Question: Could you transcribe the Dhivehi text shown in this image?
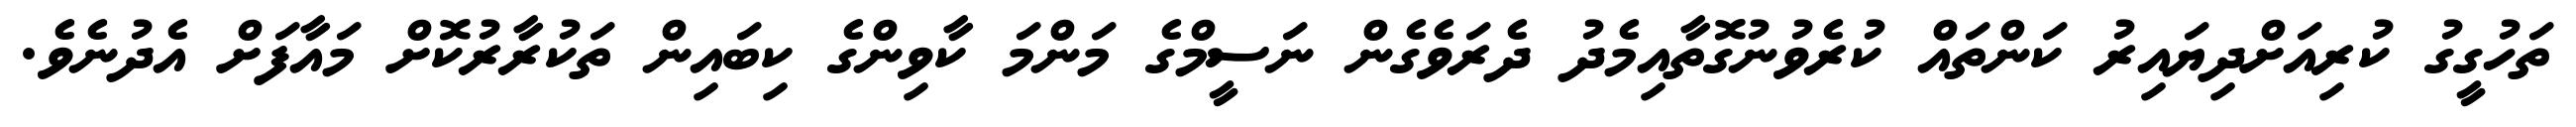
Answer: ތަހުގީގު ކުރިއަށްދިޔައިރު ކަންތައް ކުރެވުނުގޮތާއިމެދު ދެރަވެގެން ނަސީމްގެ މަންމަ ކާވިންގެ ކިބައިން ތަކުރާރުކޮށް މައާފަށް އެދުނެވެ.